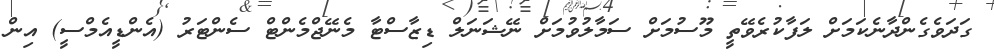
ގަދަވެގެންދާނެކަމަށް ލަފާކުރެވޭތީ މޫސުމަށް ސަމާލުވުމަށް ނޭޝަނަލް ޑިޒާސްޓާ މެނޭޖްމެންޓް ސެންޓަރު (އެންޑީއެމްސީ) އިން